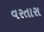
વરતારા